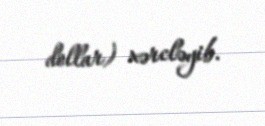
dollar) xərcləyib.